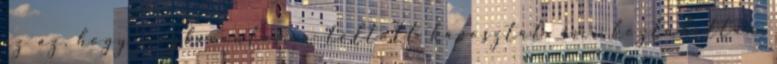
az az, hogy megkívántam a töltött káposztát, ami köztudottan